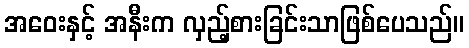
အဝေးနှင့် အနီးက လှည့်စားခြင်းသာဖြစ်ပေသည်။